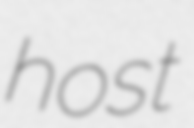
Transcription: host